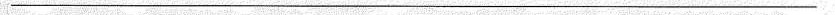
___